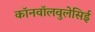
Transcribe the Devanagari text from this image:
कॉनवॉलवुलेसिई